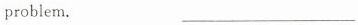
problem. ___